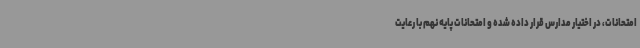
امتحانات، در اختیار مدارس قرار داده شده و امتحانات پایه نهم با رعایت